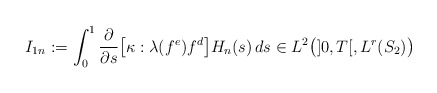
\begin{align*}I_{1n} := \int_0^1 \dfrac{\partial}{\partial s}\big[\kappa:\lambda(f^e)f^d\big] H_n(s) \, ds\in L^{2}\big(]0, T[, L^r(S_2)\big)\end{align*}